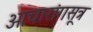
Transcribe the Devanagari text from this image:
आचारांगसूत्र